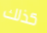
كذلك